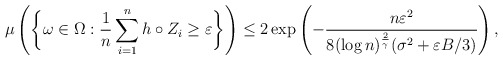
\begin{align*}\mu \left( \biggl\{ \omega \in \Omega : \frac{1}{n} \sum_{i=1}^n h \circ Z_i \geq \varepsilon \biggr\} \right) \leq 2 \exp \left( - \frac{n \varepsilon^2}{8 (\log n)^{\frac{2}{\gamma}} (\sigma^2 + \varepsilon B/3)} \right),\end{align*}